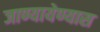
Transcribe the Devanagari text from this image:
जाण्यायेण्यास